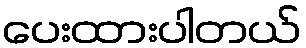
ပေးထားပါတယ်